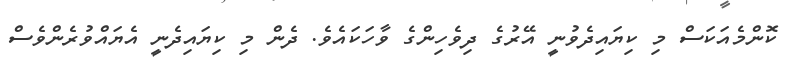
ކޮންމެއަކަސް މި ކިޔައިދެވުނީ އޭރުގެ ދިވެހިންގެ ވާހަކައެވެ. ދެން މި ކިޔައިދެނީ އެޔައްވުރެންވެސް